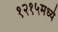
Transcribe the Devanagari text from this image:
१२१५मध्ये